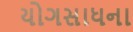
યોગસાધના